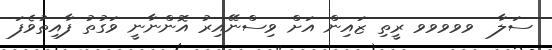
ސަލާ  ވވވވވ ރީތި ޒައިން އަށް ވިސްނޭއިރު އޮންނާނީ ވަގުތު ފާއިތުވެފަ